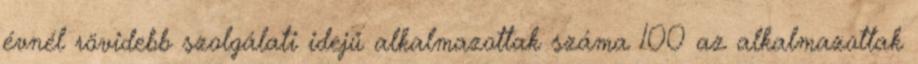
évnél rövidebb szolgálati idejű alkalmazottak száma 100 az alkalmazottak